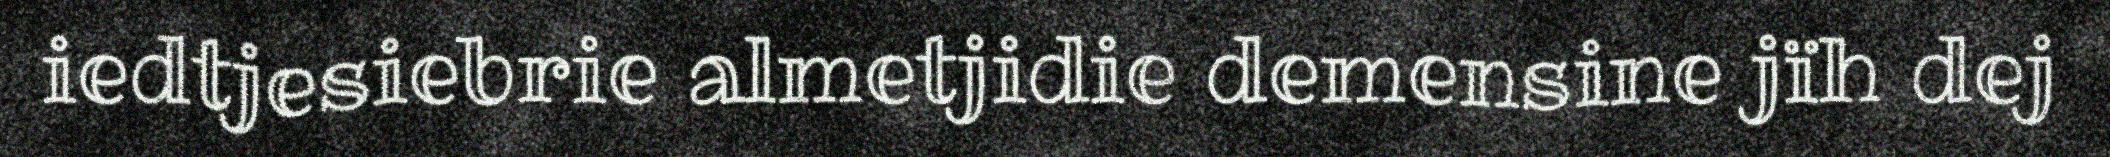
iedtjesiebrie almetjidie demensine jïh dej